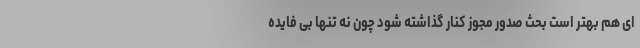
ای هم بهتر است بحث صدور مجوز کنار گذاشته شود چون نه تنها بی فایده